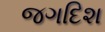
જગદિશ